School attendance. Limitation of power of exemption, 1937
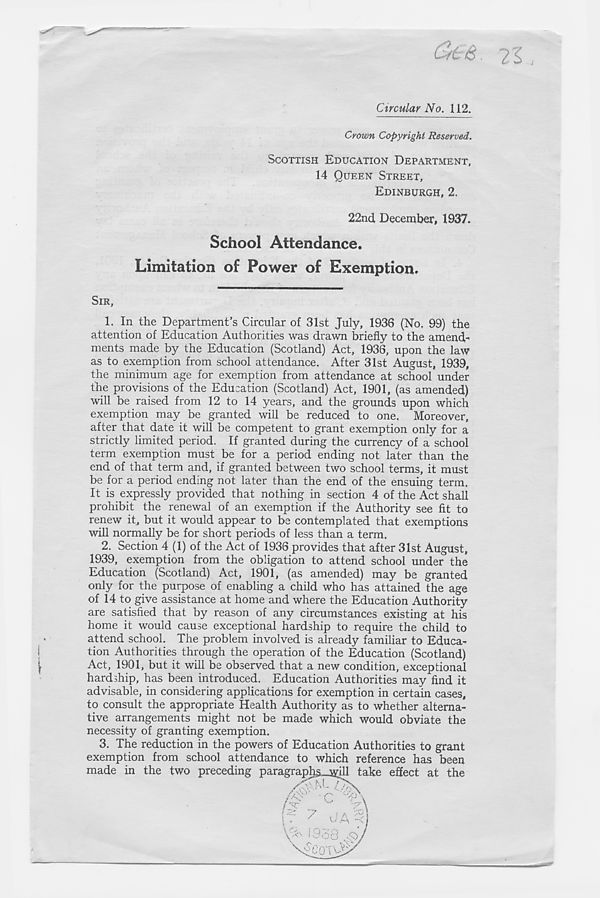
Circular No. 112.
Crown Copyright Reserved.
SCOTTISH EDUCATION DEPARTMENT,
14 QUEEN STREET,
EDINBURGH, 2.
22nd December, 1937.
School Attendance.
Limitation of Power of Exemption.
SIR,
1. In the Department’s Circular of 31st July, 1936 (No. 99) the
attention of Education Authorities was drawn briefly to the amend-
ments made by the Education (Scotland) Act, 1936, upon the law
as to exemption from school attendance. After 31st August, 1939,
the minimum age for exemption from attendance at school under
the provisions of the Education (Scotland) Act, 1901, (as amended)
will be raised from 12 to 14 years, and the grounds upon which
exemption may be granted will be reduced to one. Moreover,
after that date it will be competent to grant exemption only for a
strictly limited period. If granted during the currency of a school
term exemption must be for a period ending not later than the
end of that term and, if granted between two school terms, it must
be for a period ending not later than the end of the ensuing term.
It is expressly provided that nothing in section 4 of the Act shall
prohibit the renewal of an exemption if the Authority see fit to
renew it, but it would appear to be contemplated that exemptions
will normally be for short periods of less than a term.
2. Section 4 (1) of the Act of 1936 provides that after 31st August,
1939, exemption from the obligation to attend school under the
Education (Scotland) Act, 1901, (as amended) may be granted
only for the purpose of enabling a child who has attained the age
of 14 to give assistance at home and where the Education Authority
are satisfied that by reason of any circumstances existing at his
home it would cause exceptional hardship to require the child to
attend school. The problem involved is already familiar to Educa-
tion Authorities through the operation of the Education (Scotland)
Act, 1901, but it will be observed that a new condition, exceptional
hardship, has been introduced. Education Authorities may find it
advisable, in considering applications for exemption in certain cases,
to consult the appropriate Health Authority as to whether alterna-
tive arrangements might not be made which would obviate the
necessity of granting exemption.
3. The reduction in the powers of Education Authorities to grant
exemption from school attendance to which reference has been
made in the two preceding